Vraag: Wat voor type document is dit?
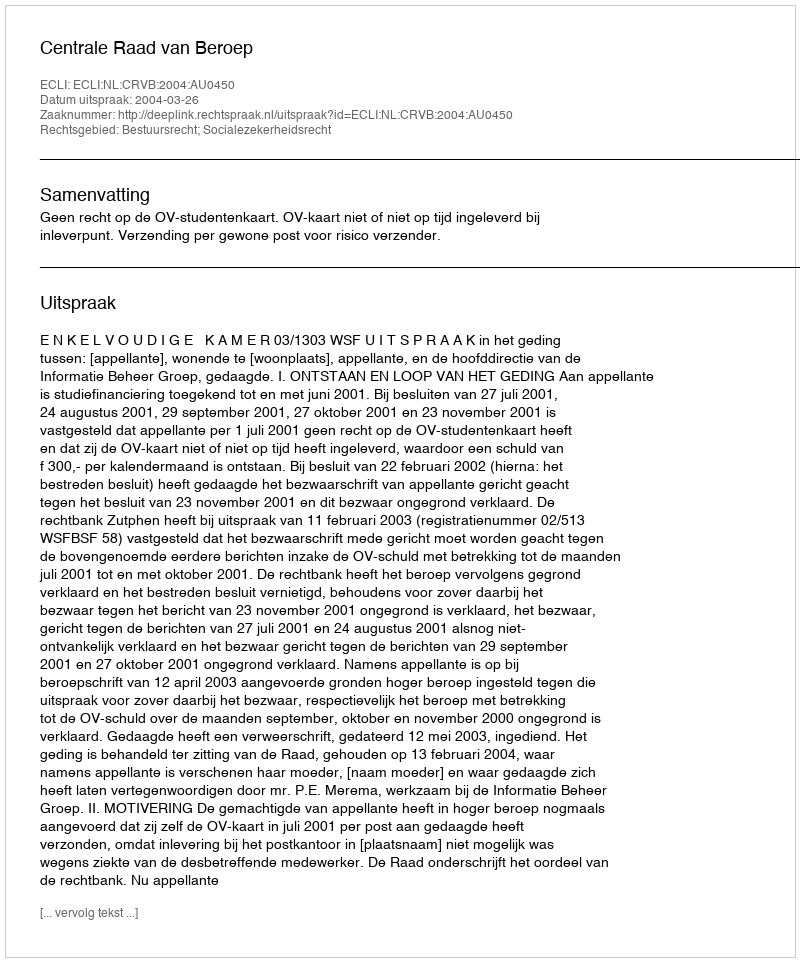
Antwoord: Uitspraak